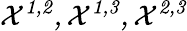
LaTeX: \cal X^{1,2},\cal X^{1,3},\cal X^{2,3}